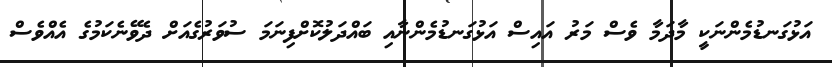
އަޅުގަނޑުމެންނަކީ މާދަމާ ވެސް މަރު އައިސް އަޅުގަނޑުމެންނާއި ބައްދަލުކޮށްފިނަމަ ސުވަރުގެއަށް ދެވޭނެކަމުގެ އެއްވެސް